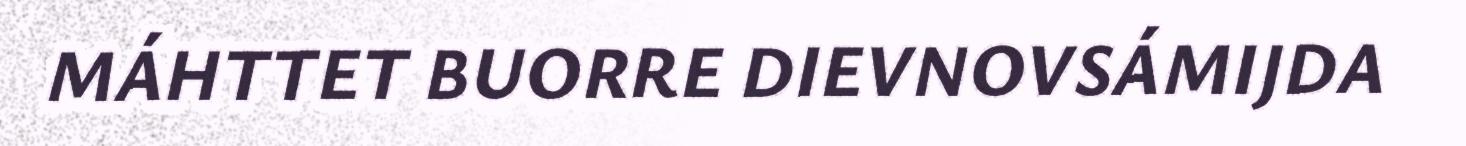
MÁHTTET BUORRE DIEVNOVSÁMIJDA